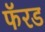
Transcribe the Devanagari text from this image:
फॅरड